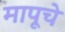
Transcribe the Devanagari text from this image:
मापूचे